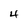
Character: 4